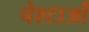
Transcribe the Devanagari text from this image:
चेश्टाओं